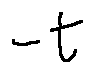
- t